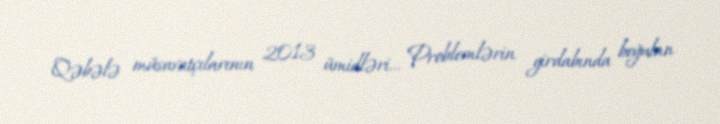
Qəbələ müsavatçılarının 2013 ümidləri... Problemlərin girdabında boğulan